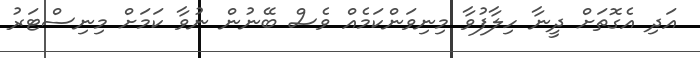
އަދި އެގޮތަށް ދީނާ ހިލާފުވާ މިނިވަންކަމެއް ވެސް ބޭނުން ނުވާ ކަމަށް މިނިސްޓަރު